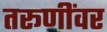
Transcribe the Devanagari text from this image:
तरूणींवर